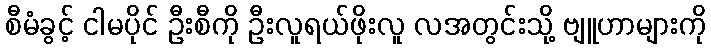
စီမံခွင့် ငါမပိုင် ဦးစီကို ဦးလူရယ်ဖိုးလူ လအတွင်းသို့ ဗျူဟာများကို